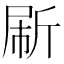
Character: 𰕟